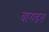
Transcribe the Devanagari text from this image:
बागडत